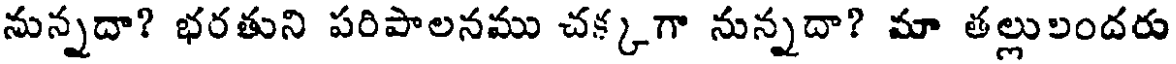
నున్నదా? భరతుని పరిపాలనము చక్కగా నున్నదా? మా తల్లులందరు